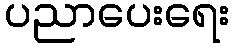
ပညာပေးရေး